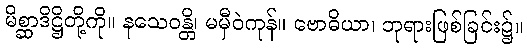
မိစ္ဆာဒိဋ္ဌိတို့ကို။ နသေဝန္တိ၊ မမှီဝဲကုန်။ ဗောဓိယာ၊ ဘုရားဖြစ်ခြင်း၌။